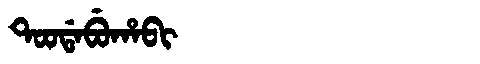
Manchu: ᡨᠣᠣᡩᠠᠪᡠᡥᠠᠪᡳ
Romanization: TOODABUHABI